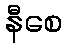
နီစေ